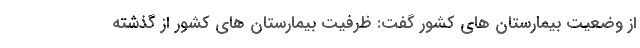
از وضعیت بیمارستان های کشور گفت: ظرفیت بیمارستان های کشور از گذشته